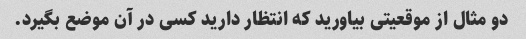
دو مثال از موقعیتی بیاورید که انتظار دارید کسی در آن موضع بگیرد.